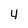
Character: 4